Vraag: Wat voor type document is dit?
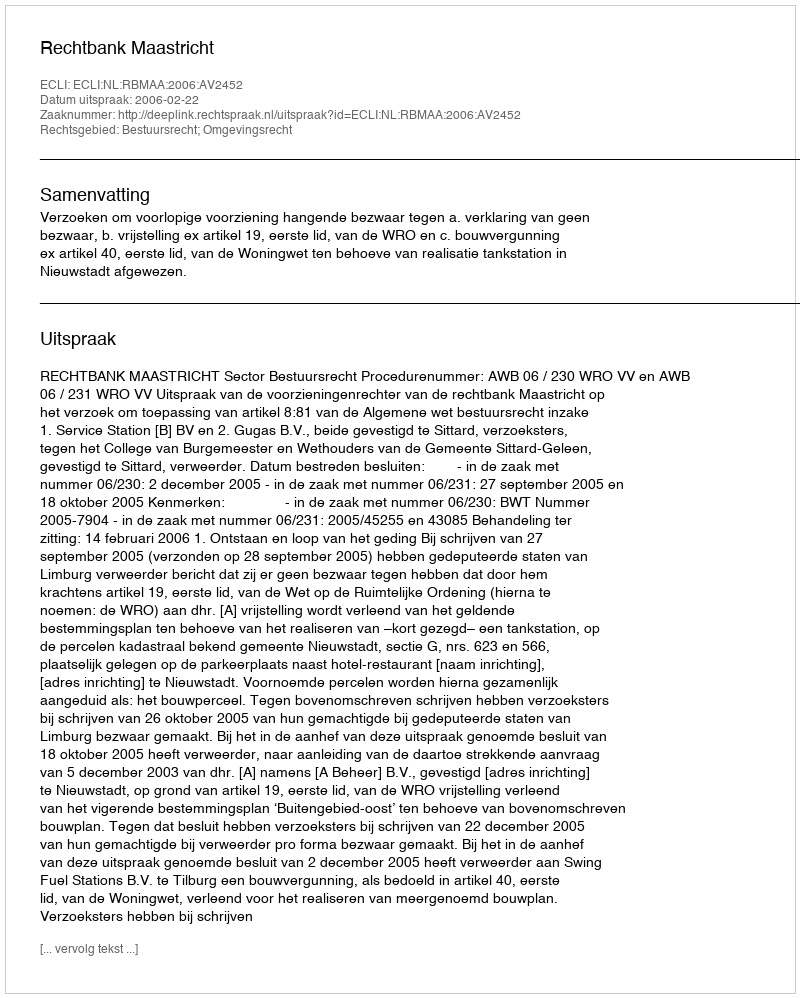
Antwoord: Uitspraak